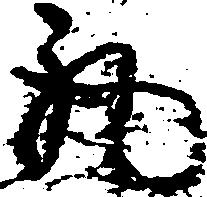
丸